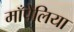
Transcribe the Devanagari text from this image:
माँपेलिया